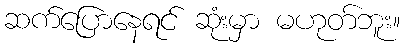
ဆက်ပြောနေရင် ဆုံးမှာ မဟုတ်ဘူး။